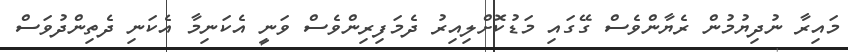
މައިރާ ނުދިޔުމުން ރެޔާންވެސް ގޭގައި މަޑުކޮށްލިއިރު ދެމަފިރިންވެސް ވަނީ އެކަނިމާ އެކަނި ދެތިންދުވަސް